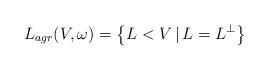
LaTeX: \begin{align*} L_{agr}(V,\omega)=\left\{L<V\, |\, L=L^\bot\right\}\end{align*}